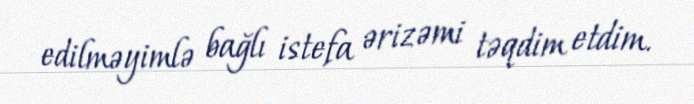
edilməyimlə bağlı istefa ərizəmi təqdim etdim.